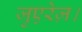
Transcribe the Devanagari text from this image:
जुएरेज़।